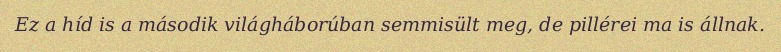
Ez a híd is a második világháborúban semmisült meg, de pillérei ma is állnak.